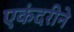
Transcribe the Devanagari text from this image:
एकंदरीने